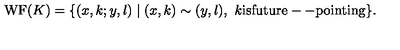
\mathrm { W F } ( K ) = \{ ( x , k ; y , l ) \mid ( x , k ) \sim ( y , l ) , \ k \mathrm { i s f u t u r e -- p o i n t i n g } \} .